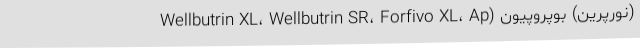
(نورپرین) بوپروپیون (Wellbutrin XL، Wellbutrin SR، Forfivo XL، Ap